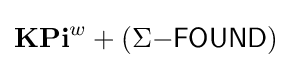
\mathbf {KPi} ^{w}+(\Sigma {\mathsf {-FOUND}})